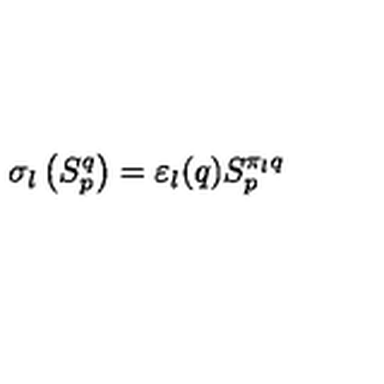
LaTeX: \sigma _ { l } \left( S _ { p } ^ { q } \right) = \varepsilon _ { l } ( q ) S _ { p } ^ { \pi _ { l } q }